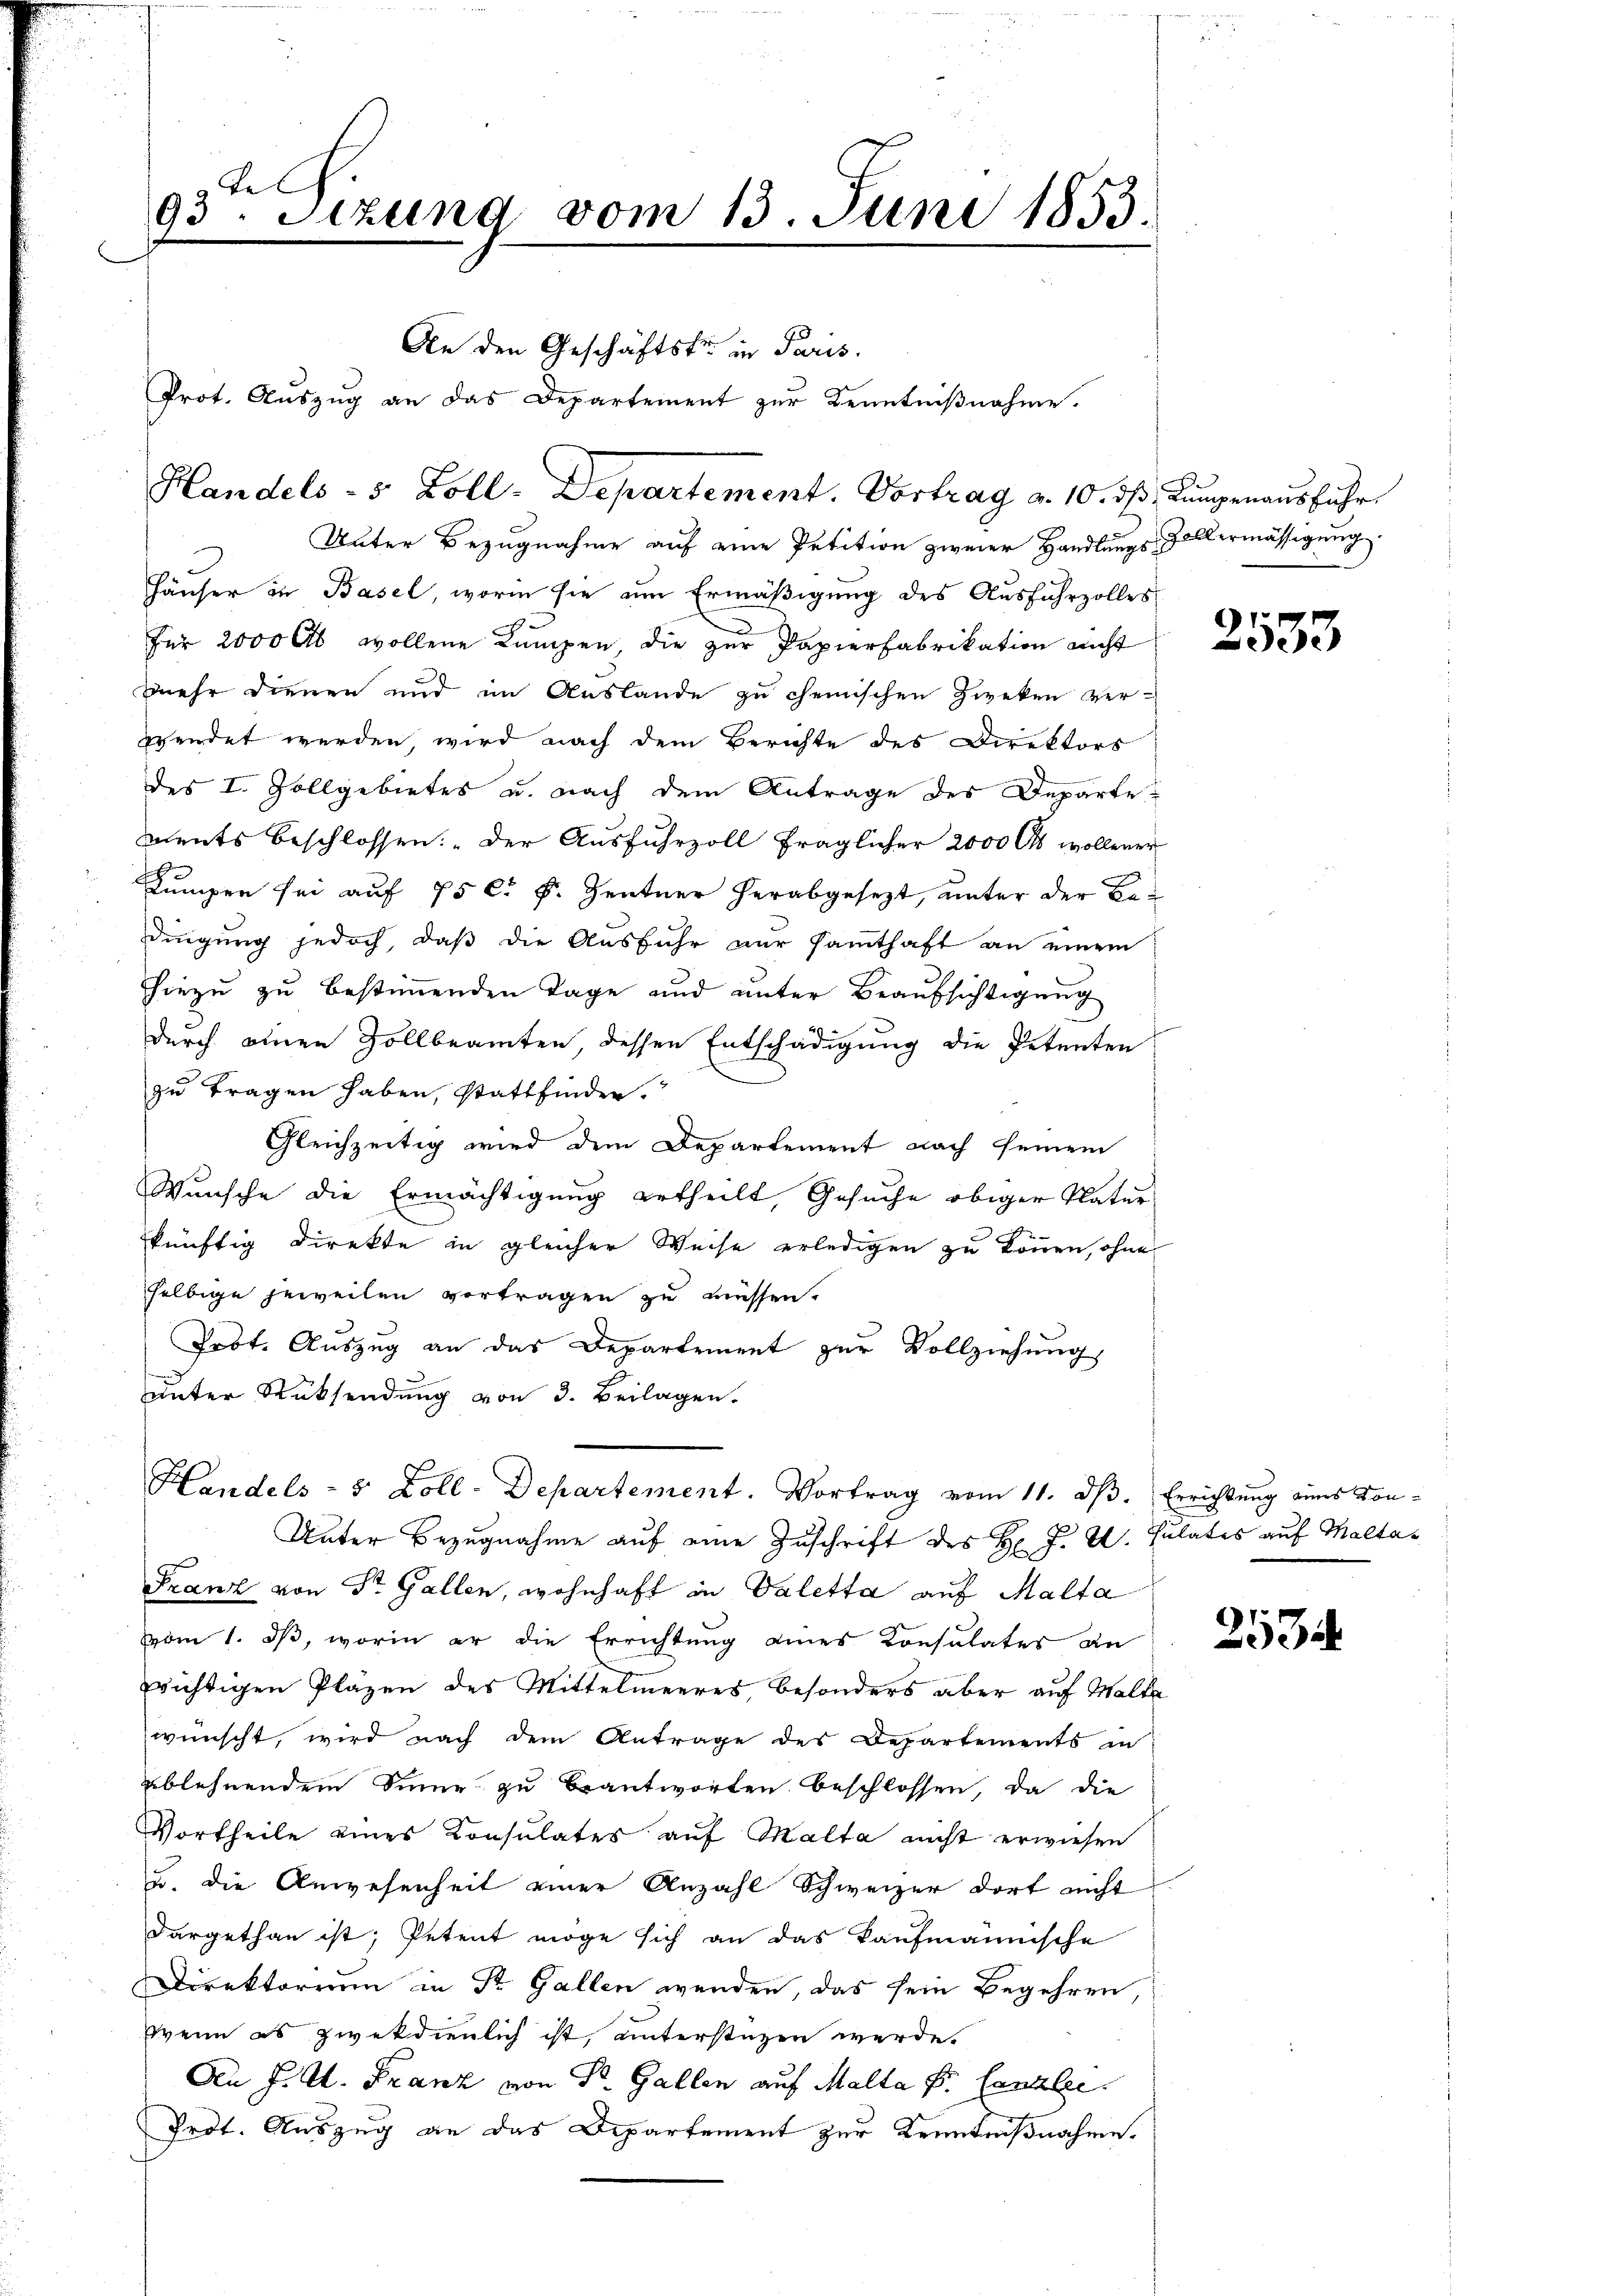
t
93. Setzung vom 13. Juni 1853.

Handels- 5 Zoll-Departement. Vortrag a. 10. ds. Lungenausführ

An den Geschäftsfr. in Paris.
Prot. Auszug an das Departement zur Kenntnißnahme.

Handels- 5 Zoll-Departement. Vortrag vom 11. dß. Errichtung eines Kon¬

Unter Bezugnahme auf eine Petition zweier Handlungs-Zollermässigung
Häuser in Basel, worin sie um Ermäßigung des Ausfuhrzolles
für 2000 als wollene Kumpen, die zur Papierfabrikation nicht
mehr dienen und im Auslande zu chemischen Zweken ver-
wendet werden wird nach dem Berichte des Direktors
des I. Zollgebietes u. nach dem Antrage des Departements beschlossen: „Der Ausfuhrzoll fraglicher 2000 Cts wollener
Lumper sei auf 75 c. s. Zentner herabgesezt, unter der Be-
dingung jedoch, daß die Ausfuhr nur samthaft an einem
hiezu zu bestimmenden Tage und unter Beaufsichtigung
durch einen Zollbeamten, dessen Entschädigung die Petenten
zu tragen haben, stattfinden.
Gleichzeitig wird dem Departement nach seinem
Wunsche die Ermächtigung ertheilt, Gesuche obiger Natur
künftig Direkte in gleicher Weise erledigen zu können, ohne
selbige jeweilen vortragen zu müssen.
Prot. Auszug an das Departement zur Vollziehung,
unter Rücksendung von 3. Beilagen.

Unter Bezugnahme auf eine Zuschrift des H. J. C. Sulates auf Maltas
Franz von Sr. Gallen, wohnhaft in Valetta auf Malta
vom 1. ds, worin er die Errichtung eines Konsulates an
wichtigen Pläzen des Mittelmeeres, besonders aber auf Walte
wünscht, wird nach dem Antrage des Departements in
ablehnendem Sinne zu beantworten beschlossen, da die
Vortheile eines Konsulater auf Malta nicht erwiesen
u. die Anwesenheit einer Anzahl Schweizer dort nicht
dargethan ist, Petent möge sich an das kaufmännische
Direktorium in St. Gallen wenden, das sein Begehren,
Wenn es zweckdienlich ist, unterstüzen werde.
An J. A. Franz von Dr. Gallen auf Malla P. Canzler.
Prot. Auszug an das Departement zur Kenntnißnahme.

2533

253